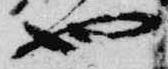
也